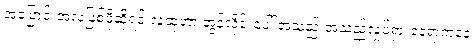
အပြောင်းအလဲဖြစ်ဖို့ဆိုရင် လူထုဟာ အွန်လိုင်းပေါ် အသည်းအသည်လှုပ်ရှားနေရာကနေ